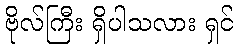
ဗိုလ်ကြီး ရှိပါသလား ရှင်